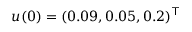
u ( 0 ) = ( 0 . 0 9 , 0 . 0 5 , 0 . 2 ) ^ { \top }